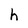
Character: h